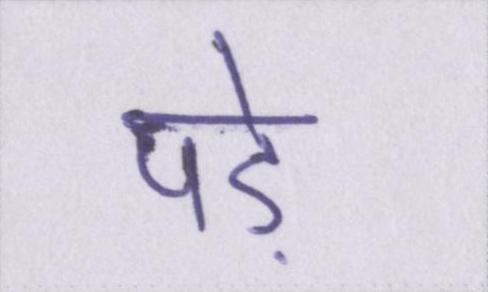
पड़े